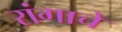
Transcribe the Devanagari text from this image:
रांगाचे